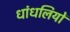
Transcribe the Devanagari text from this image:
धांधलियों